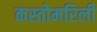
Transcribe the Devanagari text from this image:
कस्तोमरिली